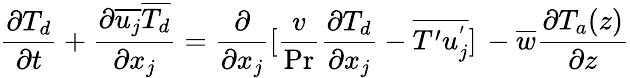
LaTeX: \frac{\partial T_{d}}{\partial t}+\frac{\partial\overline{{u_{j}}}\overline{{T_{d}}}}{\partial x_{j}}=\frac{\partial}{\partial x_{j}}{[}\frac{v}{\operatorname*{Pr}}\frac{\partial T_{d}}{\partial x_{j}}-\overline{{T^{\prime}u_{j}^{'}}}\rbrack{}\, -\overline{{w}}\frac{\partial T_{a}(z)}{\partial z}